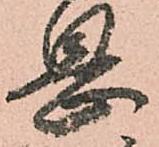
息